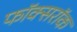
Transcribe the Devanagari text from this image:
फॉक्सरॉक